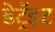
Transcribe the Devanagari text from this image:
डेट्रॅइट